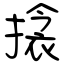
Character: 搇